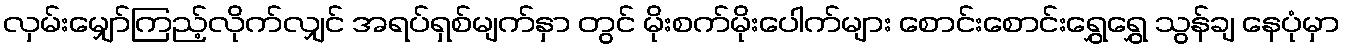
လှမ်းမျှော်ကြည့်လိုက်လျှင် အရပ်ရှစ်မျက်နှာ တွင် မိုးစက်မိုးပေါက်များ စောင်းစောင်းရွှေရွှေ သွန်ချ နေပုံမှာ